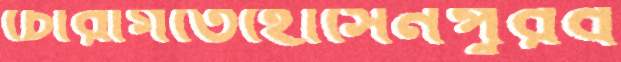
চোরাগর্তেহোসেনপুরব